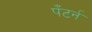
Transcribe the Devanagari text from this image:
पँटर्न